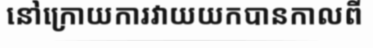
នៅក្រោយការវាយយកបានកាលពី